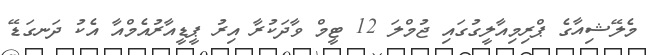
މެލޭޝިއާގެ ޕްރިމިއާލީގުގައި ޖުމްލަ 12 ޓީމް ވާދަކުރާ އިރު ޕީޑީއާރުއެމްއާ އެކު ދަނގަޑޭ